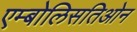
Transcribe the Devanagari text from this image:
एम्बोलिसतिओन